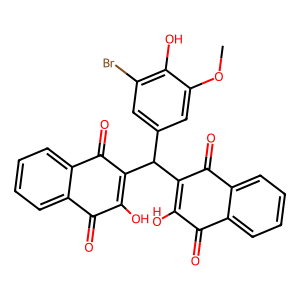
SMILES: COc1cc(C(C2=C(O)C(=O)c3ccccc3C2=O)C2=C(O)C(=O)c3ccccc3C2=O)cc(Br)c1O
Inhibits HIV replication: No